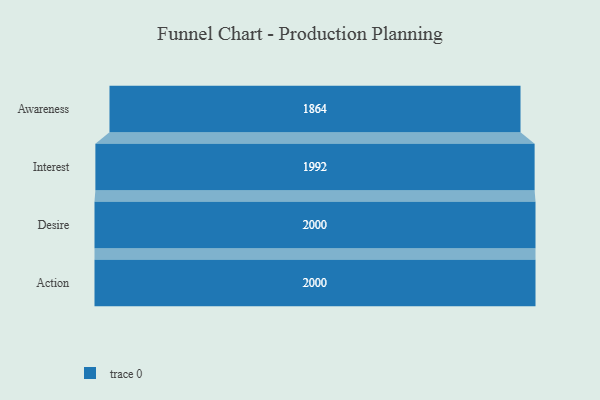
{"axis": {"x": "Stage", "y": "Value"}, "legend": [""], "data": [{"x": "Awareness", "y": 1864.0, "type": ""}, {"x": "Interest", "y": 1992.0, "type": ""}, {"x": "Desire", "y": 2000, "type": ""}, {"x": "Action", "y": 2000, "type": ""}]}